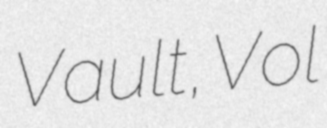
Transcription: Vault, Vol